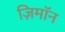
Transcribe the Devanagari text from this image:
ज़िमाॅन